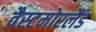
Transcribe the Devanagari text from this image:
वैस्टमोरलैंड